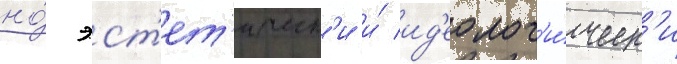
но́ эст'ет'ическ'и и́ ид'еолог'и́ческ'и